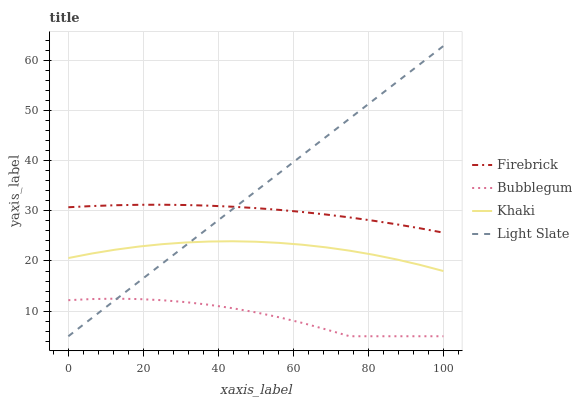
| xaxis_label | Firebrick | Bubblegum | Khaki | Light Slate |
 | --- | --- | --- | --- | --- |
 | 0 | 30.7 | 12.2 | 20.6 | 5 |
 | 6.25 | 30.9 | 12.4 | 21.5 | 8.61 |
 | 12.5 | 31.1 | 12.5 | 22.2 | 12.2 |
 | 18.8 | 31.2 | 12.4 | 22.9 | 15.8 |
 | 25 | 31.2 | 12.2 | 23.3 | 19.5 |
 | 31.2 | 31.2 | 11.8 | 23.7 | 23.1 |
 | 37.5 | 31 | 11.3 | 23.9 | 26.7 |
 | 43.8 | 30.8 | 10.6 | 23.9 | 30.3 |
 | 50 | 30.5 | 9.76 | 23.8 | 33.9 |
 | 56.2 | 30.2 | 8.77 | 23.6 | 37.5 |
 | 62.5 | 29.8 | 7.64 | 23.2 | 41.1 |
 | 68.8 | 29.3 | 6.35 | 22.7 | 44.8 |
 | 75 | 28.7 | 5 | 22.1 | 48.4 |
 | 81.2 | 28 | 5 | 21.3 | 52 |
 | 87.5 | 27.3 | 5 | 20.3 | 55.6 |
 | 93.8 | 26.5 | 5 | 19.2 | 59.2 |
 | 100 | 25.6 | 5 | 18 | 62.8 |